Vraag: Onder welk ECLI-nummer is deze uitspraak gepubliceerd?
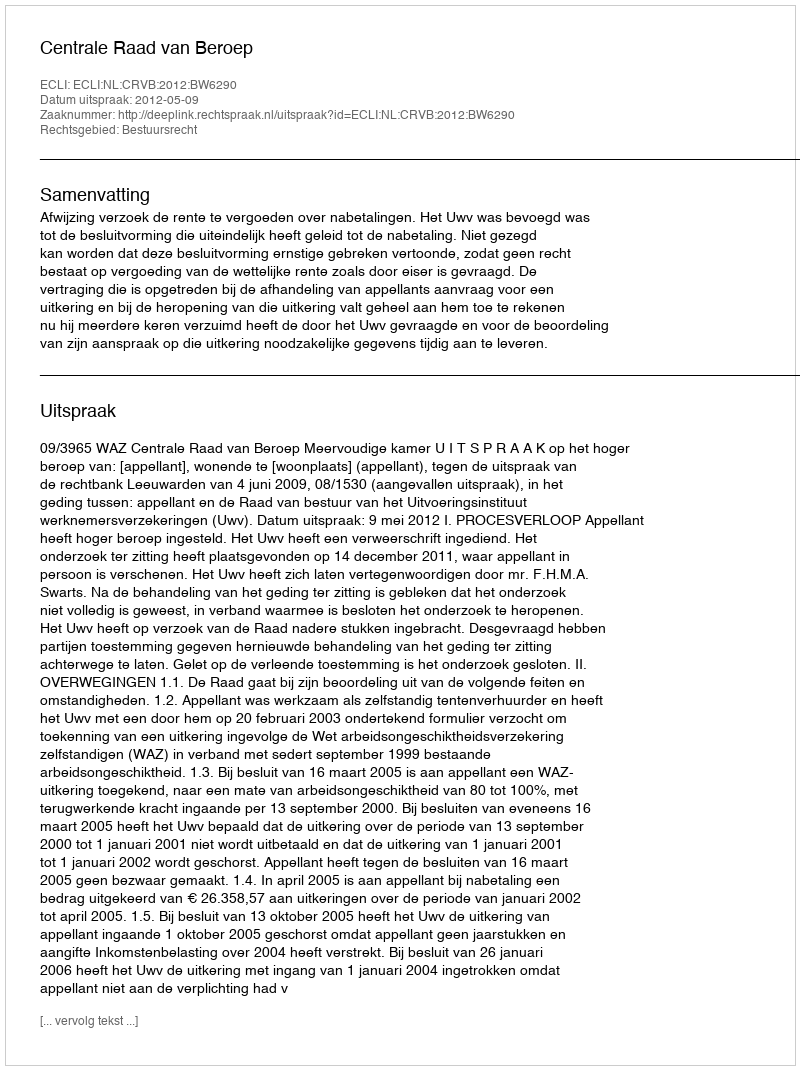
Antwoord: ECLI:NL:CRVB:2012:BW6290